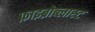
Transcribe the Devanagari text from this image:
फ़ाइब्रोब्लास्ट